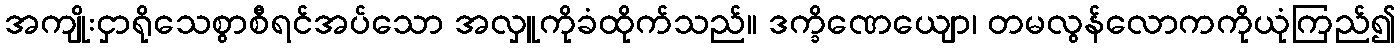
အကျိုးငှာရိုသေစွာစီရင်အပ်သော အလှူကိုခံထိုက်သည်။ ဒက္ခိဏေယျော၊ တမလွန်လောကကိုယုံကြည်၍